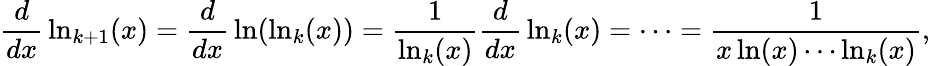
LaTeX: {\frac{d}{dx}}\ln_{k+1}(x)={\frac{d}{dx}}\ln(\ln_{k}(x))={\frac{1}{\ln_{k}(x)}}{\frac{d}{dx}}\ln_{k}(x)=\cdots={\frac{1}{x\ln(x)\cdots\ln_{k}(x)}},